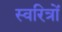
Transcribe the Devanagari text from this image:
स्वरित्रों